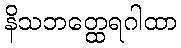
နိသဘတ္ထေရဂါထာ